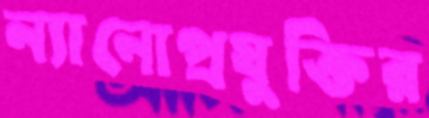
ন্যানোপ্রযুক্তির